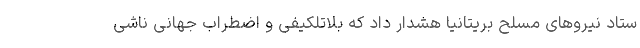
ستاد نیروهای مسلح بریتانیا هشدار داد که بلاتلکیفی و اضطراب جهانی ناشی